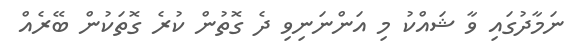
ނަމާދުގައި ވާ ޝައްކު މި އަންނަނިވި ދެ ގޮތުން ކުރެ ގޮތަކުން ބޭރެއް